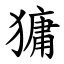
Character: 㺎